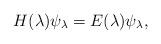
LaTeX: \begin{align*} H(\lambda) \psi_\lambda = E(\lambda) \psi_\lambda , \end{align*}